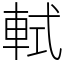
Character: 軾